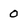
Character: 0